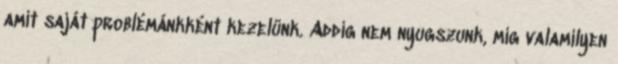
amit saját problémánkként kezelünk. Addig nem nyugszunk, míg valamilyen